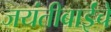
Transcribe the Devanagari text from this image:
जयंतीबाईंचे